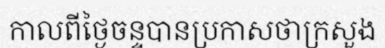
កាលពីថ្ងៃចន្ទបានប្រកាសថាក្រសួង